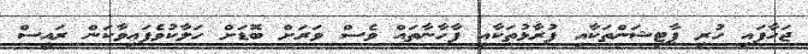
ޖަހާފައި ހުރި ޕާޓިޝަންތަކާއި ފުރާޅުތަކާއި ފާހާނާތައް ވެސް ވަރަށް ބޮޑަށް ހަލާކުވެފައިވާކަން ރައީސް